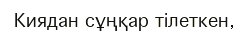
Киядан сұңқар тілеткен,